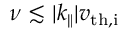
\nu \lesssim | k _ { \parallel } | v _ { \mathrm { t h , i } }